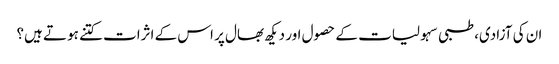
ان کی آزادی، طبی سہولیات کے حصول اور دیکھ بھال پر اس کے اثرات کتنے ہوتے ہیں؟